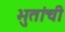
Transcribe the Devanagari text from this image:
भुतांची